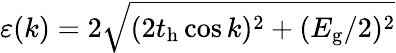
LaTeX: \varepsilon(k)=2\sqrt{(2t_{\mathrm{h}}\cos k)^{2}+(E_{\mathrm{g}}/2)^{2}}